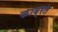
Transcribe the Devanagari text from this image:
काब्रल